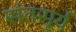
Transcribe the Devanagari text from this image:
संतसूर्य